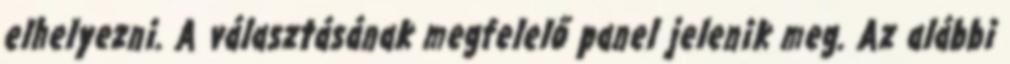
elhelyezni. A választásának megfelelő panel jelenik meg. Az alábbi